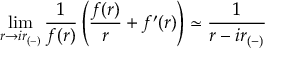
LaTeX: \operatorname * { l i m } _ { r \rightarrow i r _ { ( - ) } } { \frac { 1 } { f ( r ) } } \left( { \frac { f ( r ) } { r } } + f ^ { \prime } ( r ) \right) \simeq { \frac { 1 } { r - i r _ { ( - ) } } }